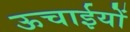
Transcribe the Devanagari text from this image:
ऊचाईयों